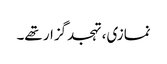
نمازی، تہجدگزار تھے۔